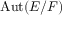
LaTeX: \operatorname { A u t } ( E / F )